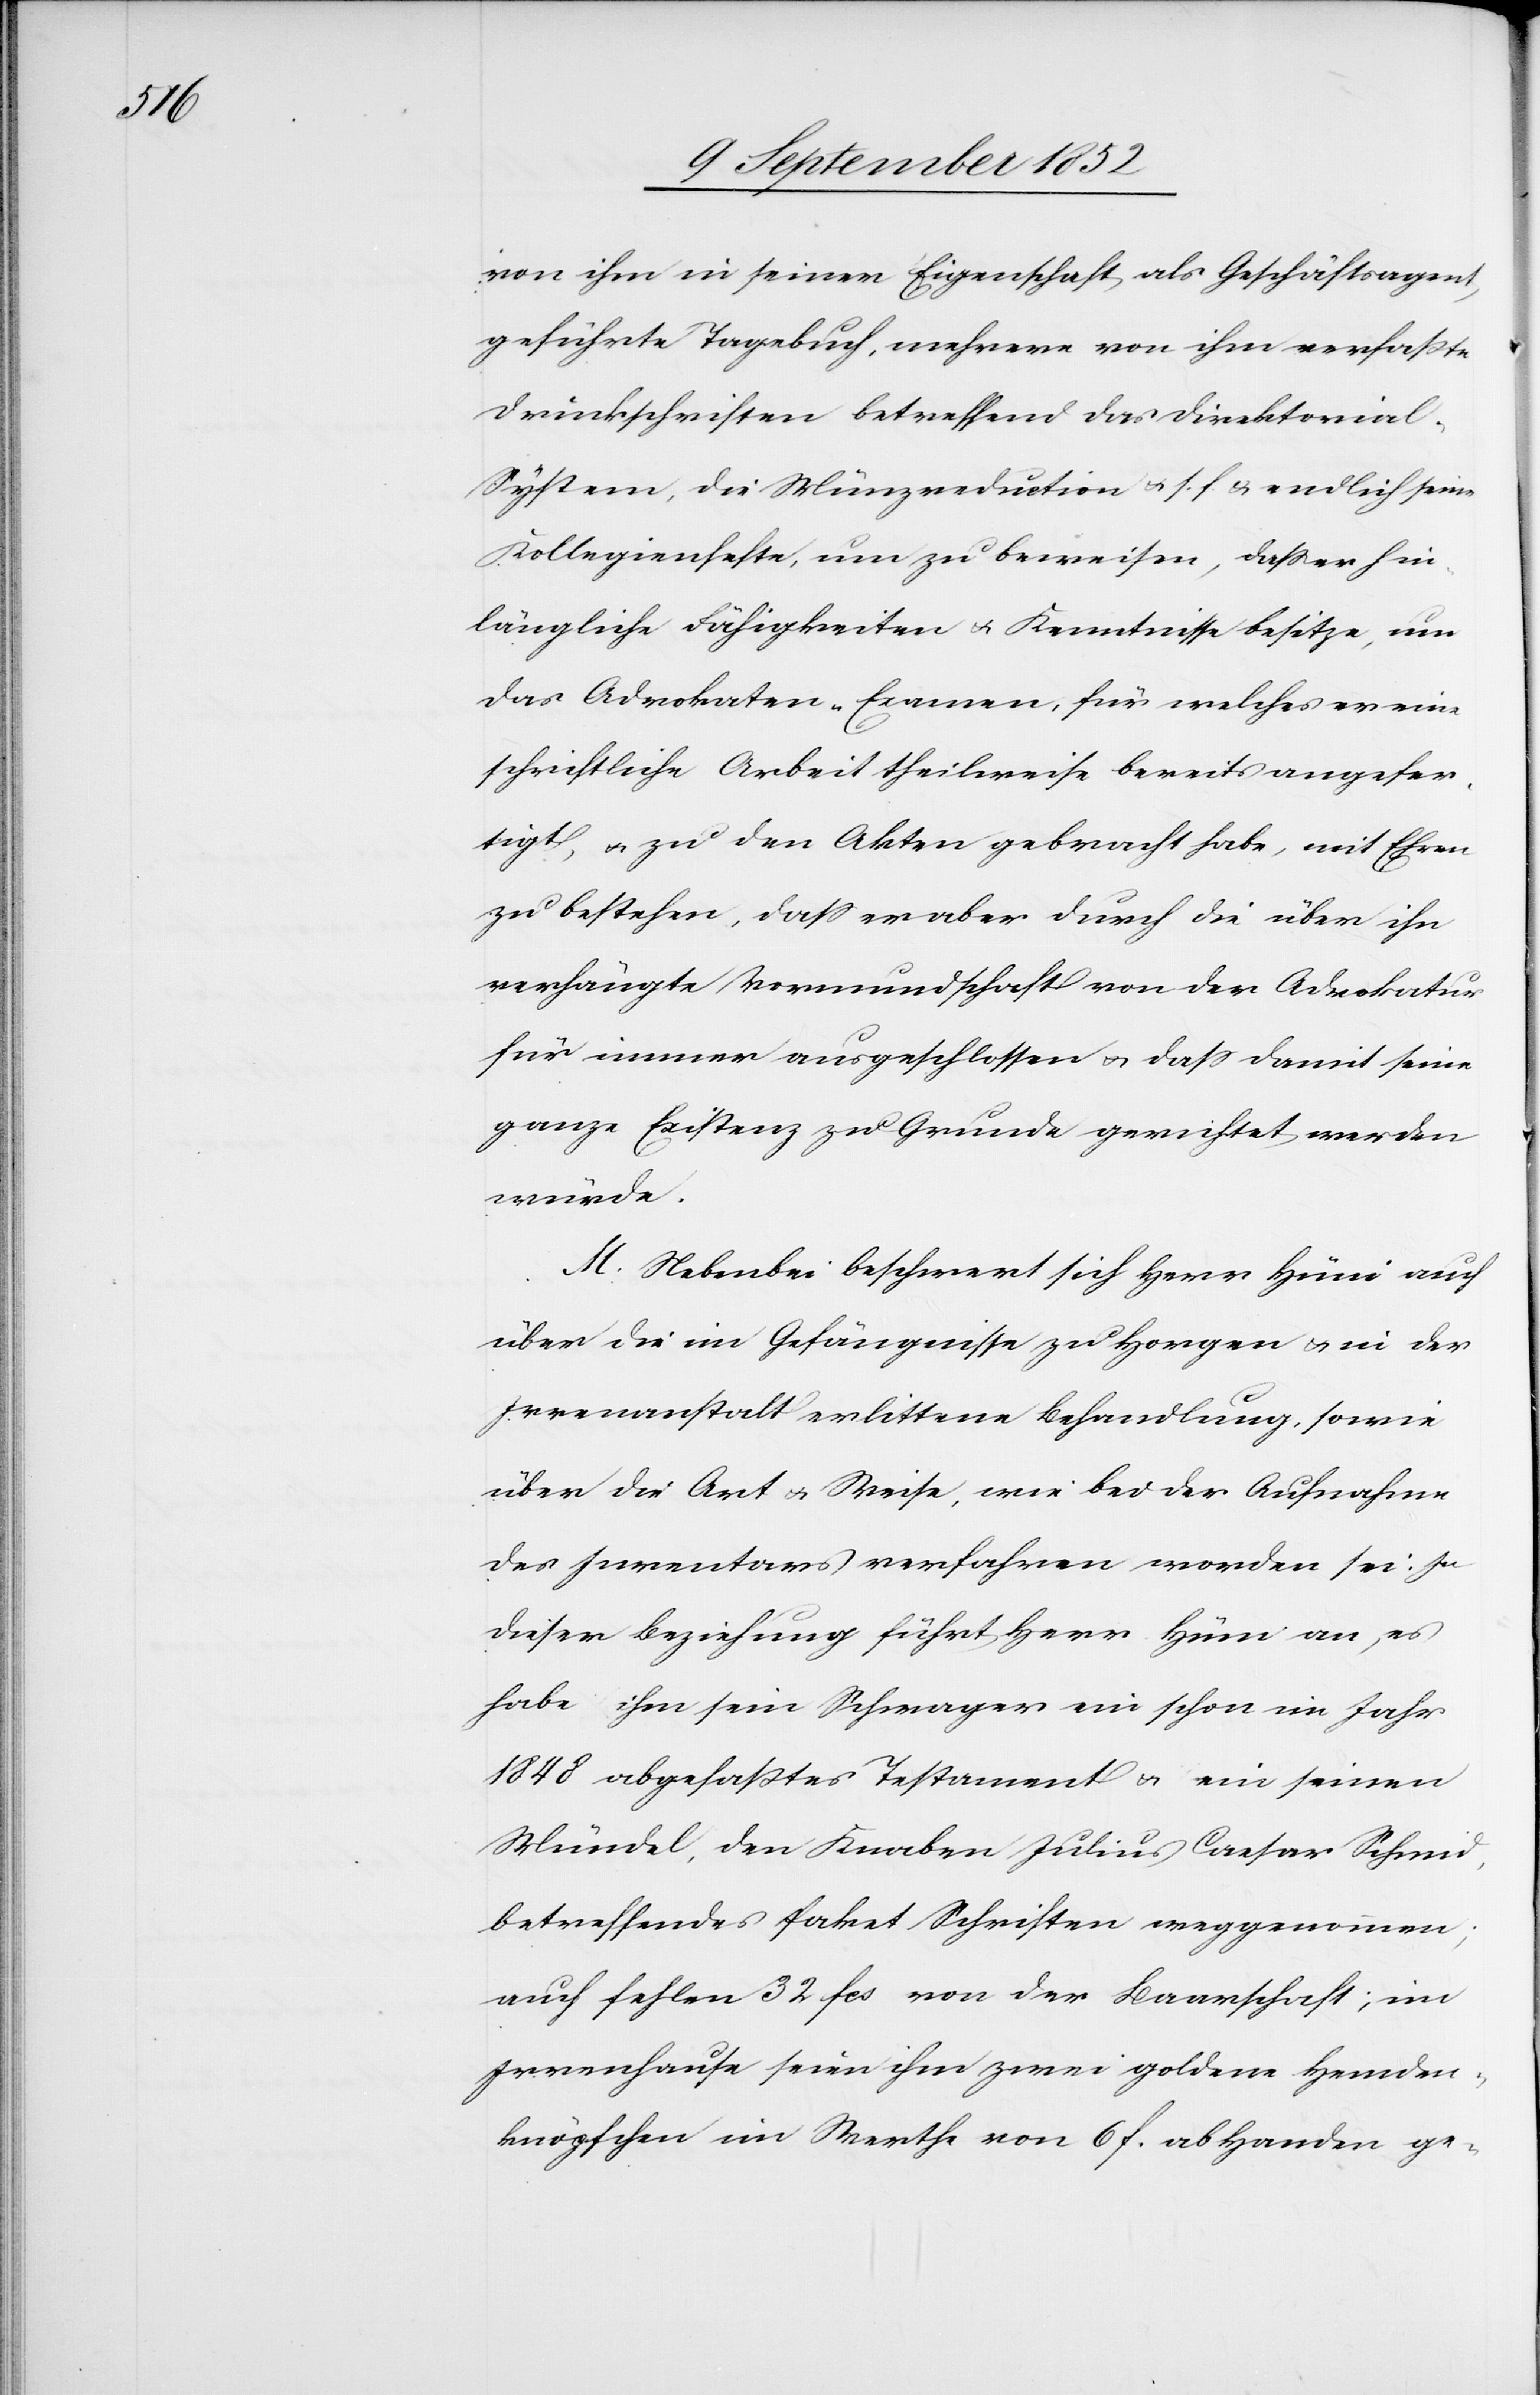
von ihm in seiner Eigenschaft als Geschäftsagent
geführte Tagebuch, mehrere von ihm verfaßte
Druckschriften betreffend das Direktoria¬
l-System, die Münzreduction & s. f. & endlich seine
Kollegienhefte, um zu beweisen, dass er hin¬
längliche Fähigkeiten & Kenntnisse besitze, um
das Advokaten-Examen, für welches er eine
schriftliche Arbeit theilweise bereits angefer¬
tigt, & zu den Akten gebracht habe, mit Ehren
zu bestehen, dass er aber durch die über ihn
verhängte Vormundschaft von der Advokatur
für immer ausgeschlossen & dass damit seine
ganze Existenz zu Grunde gerichtet werden
würde.
M. Nebenbei beschwert sich Herr Hüni auch
über die im Gefängnisse zu Horgen & in der
Irrenanstalt erlittene Behandlung, sowie
über die Art & Weise, wie bei der Aufnahme
des Inventars verfahren worden sei. In
dieser Beziehung führt Herr Hüni an, es
habe ihm sein Schwager ein schon im Jahr
1848 abgefaßtes Testament & ein seinen
Mündel, den Knaben Julius Caesar Schmid,
betreffendes Paket Schriften weggenommen;
auch fehlen 32 fcs von der Baarschaft; im
Irrenhause seien ihm zwei goldene Hemden¬
knöpfchen im Werthe von 6 f. ab Handen ge-